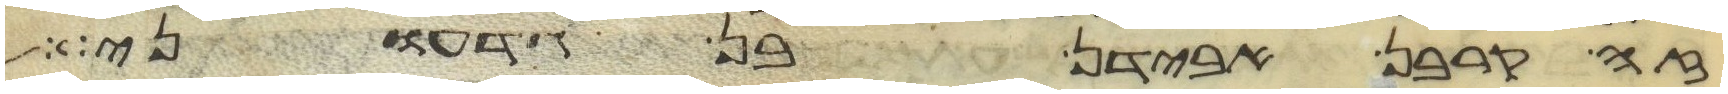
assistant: זה קרבן אבידן בן גדעוני